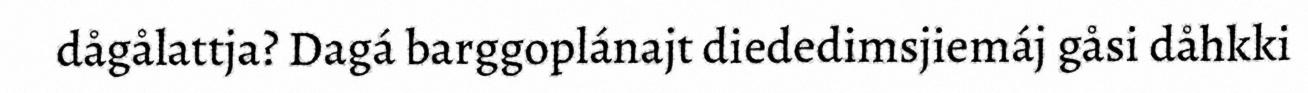
dågålattja? Dagá barggoplánajt diededimsjiemáj gåsi dåhkki